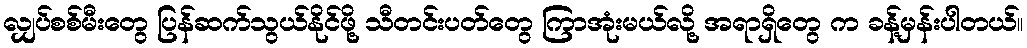
လျှပ်စစ်မီးတွေ ပြန်ဆက်သွယ်နိုင်ဖို့ သီတင်းပတ်တွေ ကြာအုံးမယ်လို့ အရာရှိတွေ က ခန့်မှန်းပါတယ်။